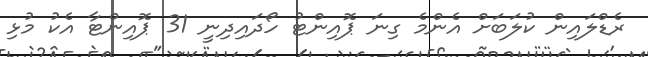
ރެޑްލައިން ކުލަބަށް އެންމެ ގިނަ ޕޮއިންޓު ހޯދައިދިނީ 31 ޕޮއިންޓާ އެކު މުޅި